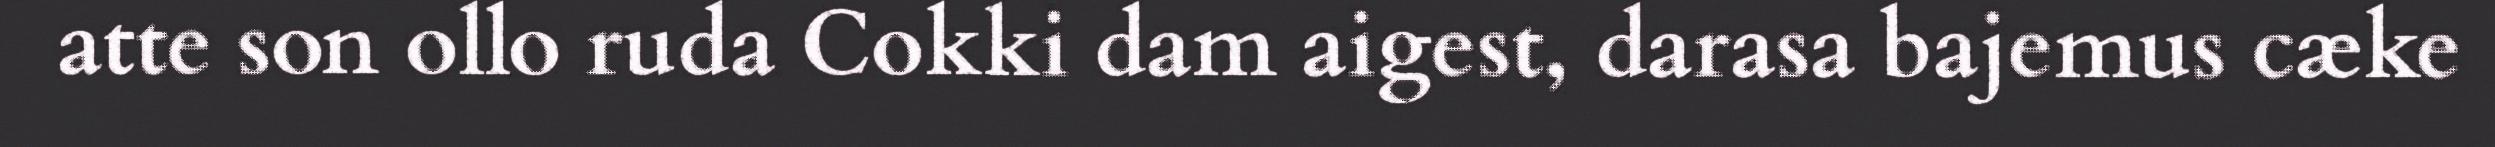
atte son ollo ruda Cokki dam aigest, darasa bajemus cæke